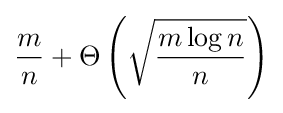
{\frac {m}{n}}+\Theta \left({\sqrt {\frac {m\log n}{n}}}\right)